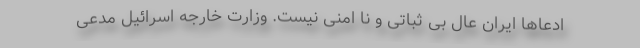
ادعاها ایران عال بی ثباتی و نا امنی نیست. وزارت خارجه اسرائیل مدعی